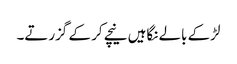
لڑکے بالے نگاہیں نیچے کر کے گزرتے۔